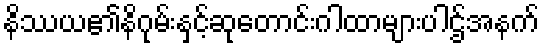
နိဿယ၏နိဂုမ်းနှင့်ဆုတောင်းဂါထာများပါဌ်အနက်